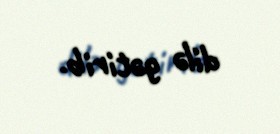
dilə gətirib.